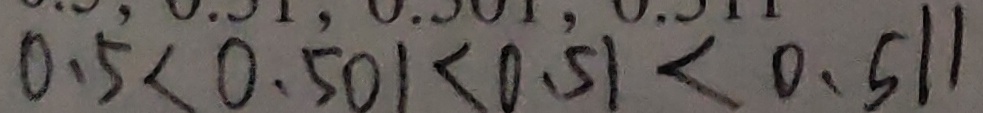
0 . 5 < 0 . 5 0 1 < 0 . 5 1 < 0 . 5 1 1